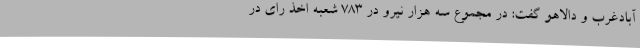
آبادغرب و دالاهو گفت: در مجموع سه هزار نیرو در 783 شعبه اخذ رای در